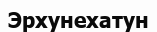
Эрхунехатун